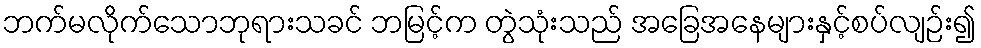
ဘက်မလိုက်သောဘုရားသခင် ဘမြင့်က တွဲသုံးသည် အခြေအနေများနှင့်စပ်လျဉ်း၍